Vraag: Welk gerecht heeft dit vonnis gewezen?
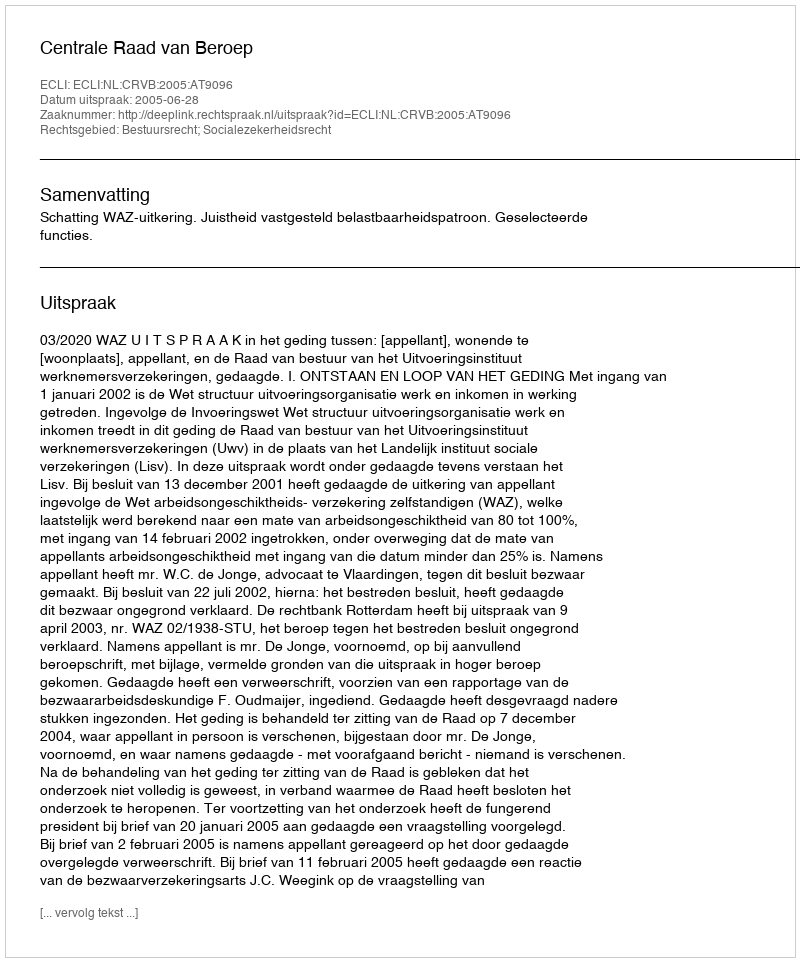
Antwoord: Centrale Raad van Beroep